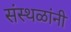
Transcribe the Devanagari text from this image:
संस्थळांनी